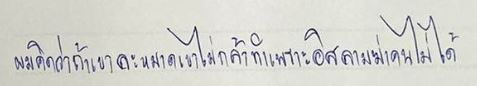
ผมคิดว่าถ้าเขาละหมาดเขาไม่กล้าทำเพราะอิสลามฆ่าคนไม่ได้